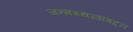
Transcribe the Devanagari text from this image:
जन्मस्थळाबद्दल